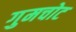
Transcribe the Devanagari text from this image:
गुमचोट